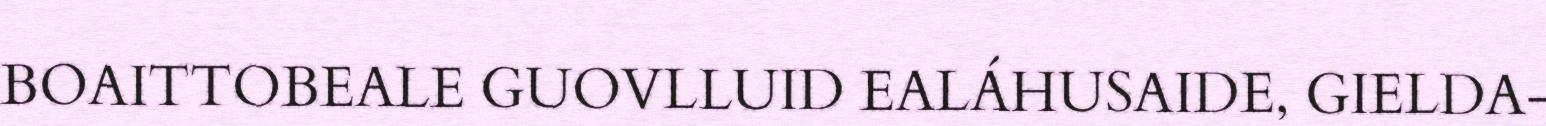
BOAITTOBEALE GUOVLLUID EALÁHUSAIDE, GIELDA-